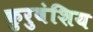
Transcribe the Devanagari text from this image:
कुरुवंशिय